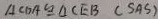
A C D A \cong \Delta C E B ( S A S )